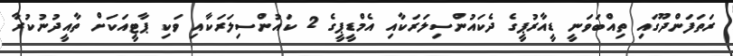
ރަތަފަންދޫގައި ތިއްބަވަނީ ޑީއާރުޕީގެ ދެކައުންސިލަރަކާއި އެމްޑީޕީގެ 2 ކައުންސިލަރަކާއި ވަކި ޕާޓީއަކަށް ތާއީދުނުކުރާ